King Institute of Preventive Medicine Micro-Biological Section reports 1909-11
Year: 1909
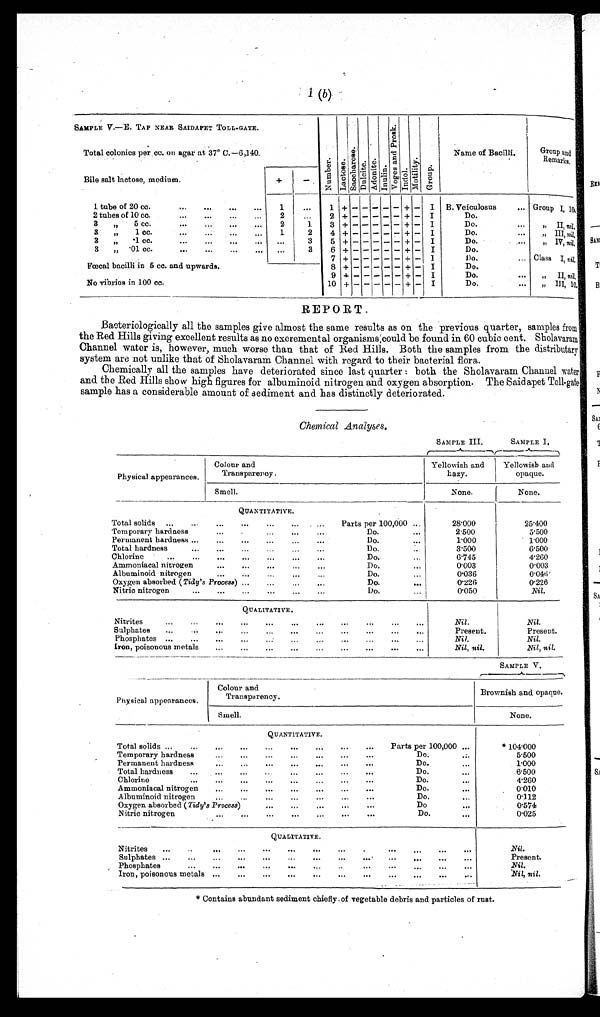
1(b)
SAMPLE V.—E. TAP NEAR SAIDAPET TOLL-GATE.
N u m b e r .
L a c t o s e . S a c c h a r o s e . Du l c i t e .
A d o n i t e .
I n u l i n .
V o g e s a n d P r o s k .
Indol .
Mo t i l i t y .
Gr o u p .
Name of Bacilli.
Group and
Remarks.
Total colonies per cc. on agar at 37° C.—6,140.
Bile salt lactose, medium.
+
-
1 tube of 20 cc.
... ... ... ...
1
...
1 + - - - - - + - I B. Veiculosus
... Group I, 10.
2 tubes of 10 cc.
. . .
. . .
. . .
. . .
2
. . . 2 + - - - - - + - I
Do.
3 „ 5 cc.
. . .
. . . ...
. . . 2
1
3 + - - - - - + - I
Do.
. . . ,, II, nil.
3 „ 1 cc.
...
. . . ...
...
1
2
4 + - - - - - + - I
Do.
. . . ,, III, nil.
3 „ .1 cc.
...
... ... ... ...
3
5 + - - - - - + - I
Do.
. . .
,,
IV, nil.
3 „
. 0 1 c c .
. . . ...
. . .
. . . . . .
3 6 + - - - - - + - I
Do.
7 + - - - - - + - I
D o .
. . . Class I, nil.
Fœcal bacilli in 5 cc. and upwards.
8 + - - - - - + - I
Do.
9 + - - - - - + - I
Do.
...
,,
II, nil.
No vibrios in 100 cc.
10 + - - - - - + - I
Do.
. . . „ III, 10.
REPORT.
Bacteriologically all the samples give almost the same results as on the previous quarter, samples from
the Red Hills giving excellent results as no excremental organisms could be found in 60 cubic cent. Sholavaram
Channel water is, however, much worse than that of Red Hills. Both the samples from the distributary
system are not unlike that of Sholavaram Channel with regard to their bacterial flora.
Chemically all the samples have deteriorated since last quarter : both the Sholavaram Channel water
and the Red Hills show high figures for albuminoid nitrogen and oxygen absorption. The Saidapet
Toll-gate sample has a considerable amount of sediment and has distinctly deteriorated.
Chemical Analyses.
SAMPLE III.
SAMPLE I.
Physical appearances.
Colour and
Transparency .
Yellowish and
hazy.
Yellowish and
opaque.
Smell.
None.
None.
QUANTITATIVE.
28.000
25.400
Total solids ... ...
... ...
... ...
... Parts per 100,000 ...
Temporary hardness
. . .
. . . ...
...
...
Do.
...
2.500
5.500
Permanent hardness ... ...
... ...
. . .
...
Do.
...
1.000
1.000
Total hardness
... ...
...
...
. . . ...
Do.
...
3.500
6.500
Chlorine ...
. . .
. . .
. . .
. . . . . .
. . .
Do.
. . .
6.745
4.260
Ammoniacal nitrogen
... ... ...
...
...
Do.
...
0.003
0.003
Albuminoid nitrogen
... ...
... ...
...
Do.
. . .
0.036
0.046
Oxygen absorbed ( Tidy's Process) ...
...
. . . ...
Do.
...
0.226
0.226
Nitric nitroge
... ... ...
...
...
...
Do.
. . .
0.050
Nil.
QUALITATIVE.
Nitrites
...
...
... ... ...
...
... ...
... ... ...
Nil.
Nil.
Sulphates ...
...
. . .
...
. . .
...
...
...
...
... ...
Present.
Present.
Phosphates ...
. . .
. . .
. . . ...
. . .
. . .
. . .
. . .
. . .
. . .
Nil.
Nil.
Iron, poisonous metals ... ... ... ...
... ... ... ... ...
Nil, nil.
Nil, nil.
SAMPLE V.
Physical appearances.
Col our and
Transparency.
Brownish and opaque.
Smell.
None.
QUANTITATIVE.
*104.000
Total solids ...
...
. . . ...
. . . ...
. . .
... ... Parts per 100,000 ...
Temporary hardness
... ... ...
...
...
. . . ...
Do.
...
5.500
Permanent hardness
... ... ... ...
. . . ... ...
Do.
...
1.000
Total hardness ... ... ...
. . .
. . .
. . .
. . .
. . .
Do.
...
6.500
Chlorine
...
. . . ... ...
. . .
. . . ... ...
Do.
. . .
4 . 2 6 0
Ammoniacal nitrogen ...
. . . ...
...
. . .
...
...
Do.
...
0.010
Albuminoid nitrogen
...
...
...
...
...
...
...
Do.
. . .
0.112
Oxygen absorbed ( Tidy's Process)
. . .
...
. . . ...
...
D o .
...
0 . 5 7 4
Nitric nitrogen
... ...
...
... ...
...
...
Do.
...
0.025
QUALITATIVE.
Nil.
Nitrites ... ..
...
. . . ...
. . .
. . .
. . .
. . . . . .
. . .
. . .
. . .
Sulphates ...
... ... ... ...
...
... ... ...
...
. . . ...
. . .
Present.
Phosphates
... ... ...
...
... ...
. . . ...
...
...
. . . ...
N i l .
Iron, poisonous metals ...
... ...
. . .
. . .
. . .
. . . . . .
. . .
. . .
. . .
Nil, nil.
* Contains abundant sediment chiefly of vegetable debris and particles of rust.